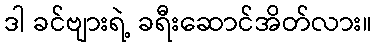
ဒါ ခင်ဗျားရဲ့ ခရီးဆောင်အိတ်လား။